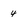
Character: 4